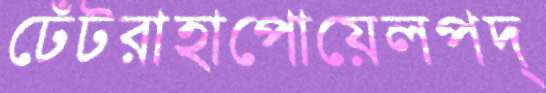
ঢেঁটরাহাপোয়েলপদ্